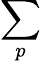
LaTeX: \sum_{p}